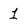
Character: 1